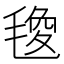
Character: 𭯟